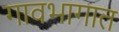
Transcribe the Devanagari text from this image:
गावभागात